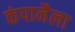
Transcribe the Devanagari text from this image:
कंपानैला